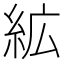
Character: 絋